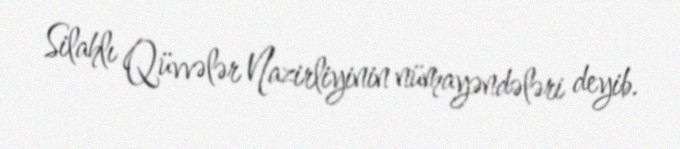
Silahlı Qüvvələr Nazirliyinin nümayəndələri deyib.